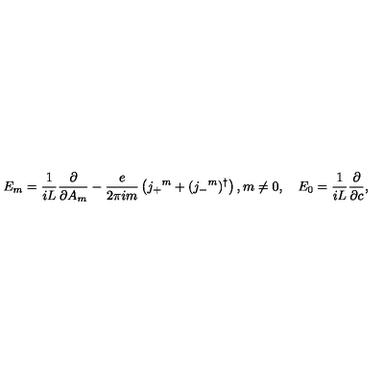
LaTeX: E _ { m } = \frac { 1 } { i L } \frac { \partial } { \partial A _ { m } } - \frac { e } { 2 \pi i m } \left( j _ { + } { } ^ { m } + ( j _ { - } { } ^ { m } ) ^ { \dagger } \right) , m \neq 0 , \quad E _ { 0 } = \frac { 1 } { i L } \frac { \partial } { \partial c } ,